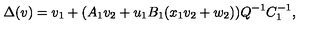
\Delta ( v ) = v _ { 1 } + ( A _ { 1 } v _ { 2 } + u _ { 1 } B _ { 1 } ( x _ { 1 } v _ { 2 } + w _ { 2 } ) ) Q ^ { - 1 } C _ { 1 } ^ { - 1 } ,